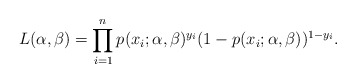
\begin{align*}L(\alpha,\beta) = \prod_{i=1}^n p(x_i;\alpha,\beta)^{y_i}(1-p(x_i;\alpha,\beta))^{1-y_i}.\end{align*}